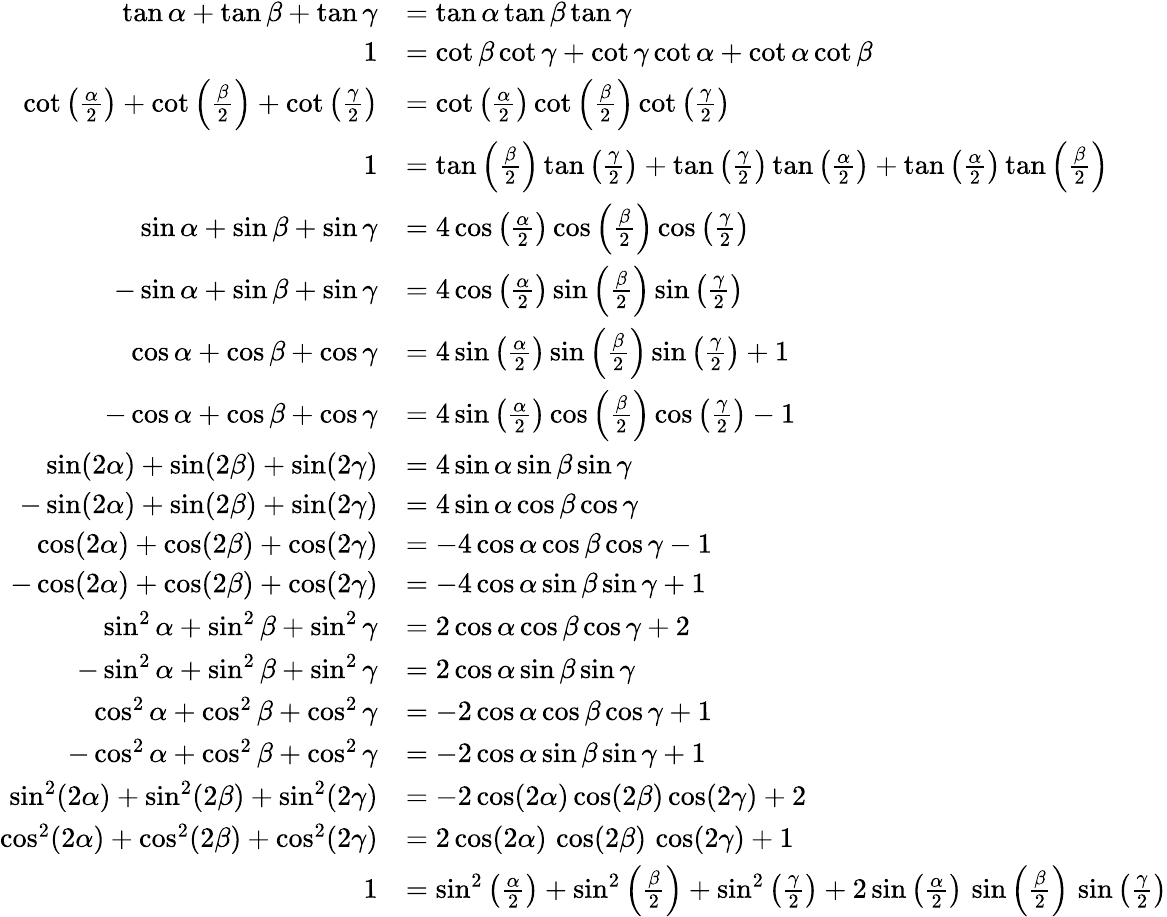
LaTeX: {\begin{array}{rl}{\tan\alpha+\tan\beta+\tan\gamma}&{=\tan\alpha\tan\beta\tan\gamma}\\ {1}&{=\cot\beta\cot\gamma+\cot\gamma\cot\alpha+\cot\alpha\cot\beta}\\ {\cot\left({\frac{\alpha}{2}}\right)+\cot\left({\frac{\beta}{2}}\right)+\cot\left({\frac{\gamma}{2}}\right)}&{=\cot\left({\frac{\alpha}{2}}\right)\cot\left({\frac{\beta}{2}}\right)\cot\left({\frac{\gamma}{2}}\right)}\\ {1}&{=\tan\left({\frac{\beta}{2}}\right)\tan\left({\frac{\gamma}{2}}\right)+\tan\left({\frac{\gamma}{2}}\right)\tan\left({\frac{\alpha}{2}}\right)+\tan\left({\frac{\alpha}{2}}\right)\tan\left({\frac{\beta}{2}}\right)}\\ {\sin\alpha+\sin\beta+\sin\gamma}&{=4\cos\left({\frac{\alpha}{2}}\right)\cos\left({\frac{\beta}{2}}\right)\cos\left({\frac{\gamma}{2}}\right)}\\ {-\sin\alpha+\sin\beta+\sin\gamma}&{=4\cos\left({\frac{\alpha}{2}}\right)\sin\left({\frac{\beta}{2}}\right)\sin\left({\frac{\gamma}{2}}\right)}\\ {\cos\alpha+\cos\beta+\cos\gamma}&{=4\sin\left({\frac{\alpha}{2}}\right)\sin\left({\frac{\beta}{2}}\right)\sin\left({\frac{\gamma}{2}}\right)+1}\\ {-\cos\alpha+\cos\beta+\cos\gamma}&{=4\sin\left({\frac{\alpha}{2}}\right)\cos\left({\frac{\beta}{2}}\right)\cos\left({\frac{\gamma}{2}}\right)-1}\\ {\sin(2\alpha)+\sin(2\beta)+\sin(2\gamma)}&{=4\sin\alpha\sin\beta\sin\gamma}\\ {-\sin(2\alpha)+\sin(2\beta)+\sin(2\gamma)}&{=4\sin\alpha\cos\beta\cos\gamma}\\ {\cos(2\alpha)+\cos(2\beta)+\cos(2\gamma)}&{=-4\cos\alpha\cos\beta\cos\gamma-1}\\ {-\cos(2\alpha)+\cos(2\beta)+\cos(2\gamma)}&{=-4\cos\alpha\sin\beta\sin\gamma+1}\\ {\sin^{2}\alpha+\sin^{2}\beta+\sin^{2}\gamma}&{=2\cos\alpha\cos\beta\cos\gamma+2}\\ {-\sin^{2}\alpha+\sin^{2}\beta+\sin^{2}\gamma}&{=2\cos\alpha\sin\beta\sin\gamma}\\ {\cos^{2}\alpha+\cos^{2}\beta+\cos^{2}\gamma}&{=-2\cos\alpha\cos\beta\cos\gamma+1}\\ {-\cos^{2}\alpha+\cos^{2}\beta+\cos^{2}\gamma}&{=-2\cos\alpha\sin\beta\sin\gamma+1}\\ {\sin^{2}(2\alpha)+\sin^{2}(2\beta)+\sin^{2}(2\gamma)}&{=-2\cos(2\alpha)\cos(2\beta)\cos(2\gamma)+2}\\ {\cos^{2}(2\alpha)+\cos^{2}(2\beta)+\cos^{2}(2\gamma)}&{=2\cos(2\alpha)\, \cos(2\beta)\, \cos(2\gamma)+1}\\ {1}&{=\sin^{2}\left({\frac{\alpha}{2}}\right)+\sin^{2}\left({\frac{\beta}{2}}\right)+\sin^{2}\left({\frac{\gamma}{2}}\right)+2\sin\left({\frac{\alpha}{2}}\right)\, \sin\left({\frac{\beta}{2}}\right)\, \sin\left({\frac{\gamma}{2}}\right)}\end{array}}